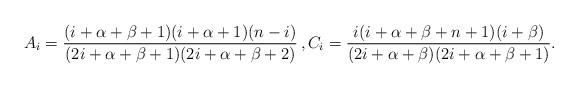
LaTeX: \begin{align*}& A_i=\frac{(i+\alpha+\beta+1)(i+\alpha+1)(n-i)}{(2i+\alpha+\beta+1)(2i+\alpha+\beta+2)}\, ,C_i=\frac{i(i+\alpha+\beta+n+1)(i+\beta)}{(2i+\alpha+\beta)(2i+\alpha+\beta+1)}.\end{align*}